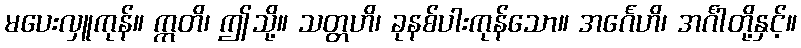
မပေးလှူကုန်။ ဣတိ၊ ဤသို့။ သတ္တဟိ၊ ခုနစ်ပါးကုန်သော။ အင်္ဂေဟိ၊ အင်္ဂါတို့နှင့်။